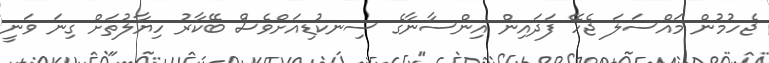
ޖެހުމުން މައްސަލަ ޖެހޭ ފަދައިން އިންސާނާގެ ސިނކުޑިއަށްވެސް ބޭކާރު ހިޔާލުތަށް ގިނަ ވަނީ